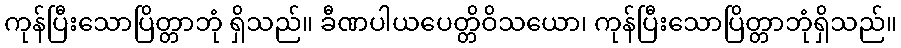
ကုန်ပြီးသောပြိတ္တာဘုံ ရှိသည်။ ခီဏပါယပေတ္တိဝိသယော၊ ကုန်ပြီးသောပြိတ္တာဘုံရှိသည်။